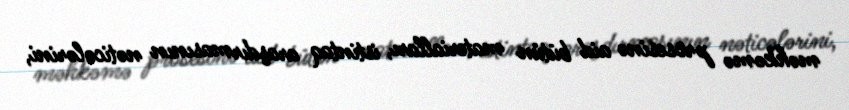
məhkəmə prosesinə aid bütün materialları, istintaq araşdırmasının nəticələrini,